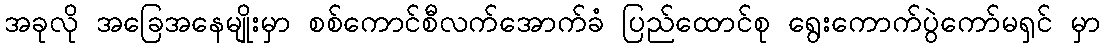
အခုလို အခြေအနေမျိုးမှာ စစ်ကောင်စီလက်အောက်ခံ ပြည်ထောင်စု ရွေးကောက်ပွဲကော်မရှင် မှာ